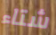
شتاء